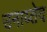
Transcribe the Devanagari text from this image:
उनाय्तेद